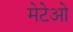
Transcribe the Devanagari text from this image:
मेटेओ